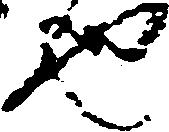
也